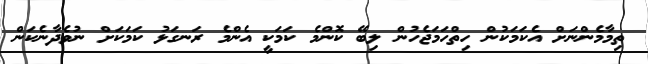
ތިމާމެންނަށް އެކަމަކުން ހިތްހަމަޖެހުން ލިބޭ ކޮންމެ ކަމަކީ އެންމެ ރަނގަޅު ކަމަކަށް ނުވެދާނެކަން